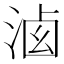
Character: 𣷶